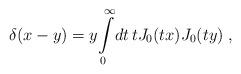
LaTeX: \begin{align*}\delta (x-y) = y \!\int\limits_0^{\infty} \!dt \, t J_0(tx) J_0(ty)\;,\end{align*}